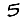
Digit: 5